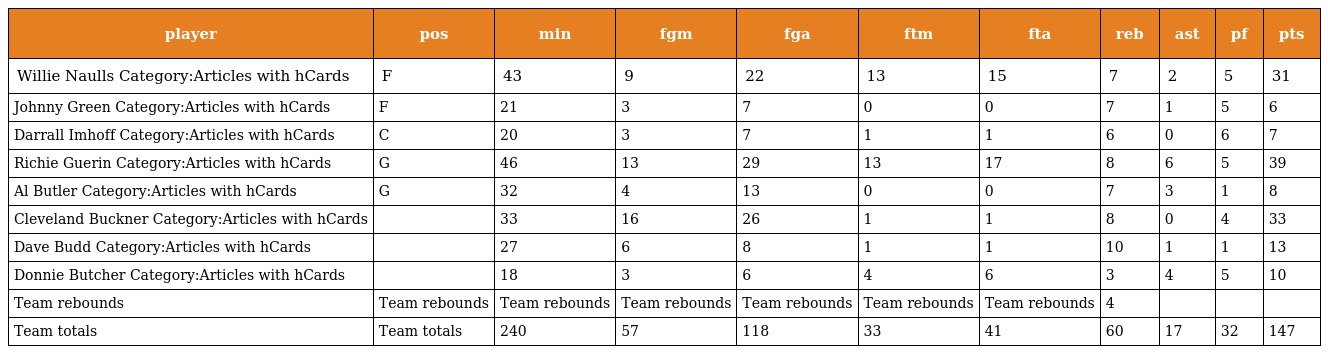
| player | pos | min | fgm | fga | ftm | fta | reb | ast | pf | pts |
 | --- | --- | --- | --- | --- | --- | --- | --- | --- | --- | --- |
 | Willie Naulls Category:Articles with hCards | F | 43 | 9 | 22 | 13 | 15 | 7 | 2 | 5 | 31 |
 | Johnny Green Category:Articles with hCards | F | 21 | 3 | 7 | 0 | 0 | 7 | 1 | 5 | 6 |
 | Darrall Imhoff Category:Articles with hCards | C | 20 | 3 | 7 | 1 | 1 | 6 | 0 | 6 | 7 |
 | Richie Guerin Category:Articles with hCards | G | 46 | 13 | 29 | 13 | 17 | 8 | 6 | 5 | 39 |
 | Al Butler Category:Articles with hCards | G | 32 | 4 | 13 | 0 | 0 | 7 | 3 | 1 | 8 |
 | Cleveland Buckner Category:Articles with hCards |  | 33 | 16 | 26 | 1 | 1 | 8 | 0 | 4 | 33 |
 | Dave Budd Category:Articles with hCards |  | 27 | 6 | 8 | 1 | 1 | 10 | 1 | 1 | 13 |
 | Donnie Butcher Category:Articles with hCards |  | 18 | 3 | 6 | 4 | 6 | 3 | 4 | 5 | 10 |
 | Team rebounds | Team rebounds | Team rebounds | Team rebounds | Team rebounds | Team rebounds | Team rebounds | 4 |  |  |  |
 | Team totals | Team totals | 240 | 57 | 118 | 33 | 41 | 60 | 17 | 32 | 147 |